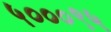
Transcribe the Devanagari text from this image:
५०००९५